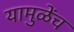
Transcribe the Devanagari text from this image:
यामुळेंच